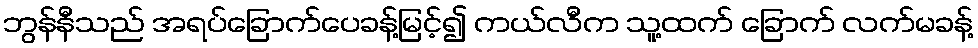
ဘွန်နီသည် အရပ်ခြောက်ပေခန့်မြင့်၍ ကယ်လီက သူ့ထက် ခြောက် လက်မခန့်